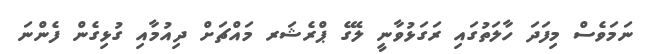
ނަމަވެސް މިފަދަ ހާލަތުގައި ރަގަޅުވާނީ ލޭގެ ޕްރެޝަރ މައްޗަށް ދިއުމާއި ގުޅިގެން ފެންނަ